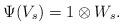
LaTeX: \begin{align*}\Psi(V_s)=1\otimes W_s.\end{align*}